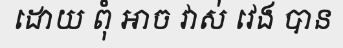
ដោយ ពុំ អាច វាស់ វេង បាន